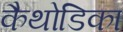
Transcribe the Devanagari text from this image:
कैथोडिका